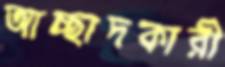
আচ্ছাদকারী